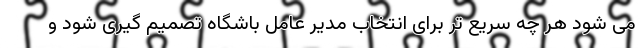
می شود هر چه سریع تر برای انتخاب مدیر عامل باشگاه تصمیم گیری شود و